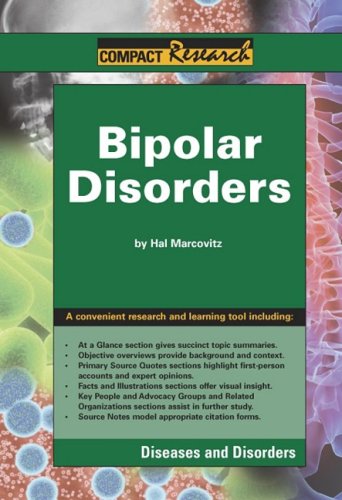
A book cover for Bipolar Disorders: Diseases and Disorders (Compact Research Series); Hal Marcovitz; Teen & Young Adult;